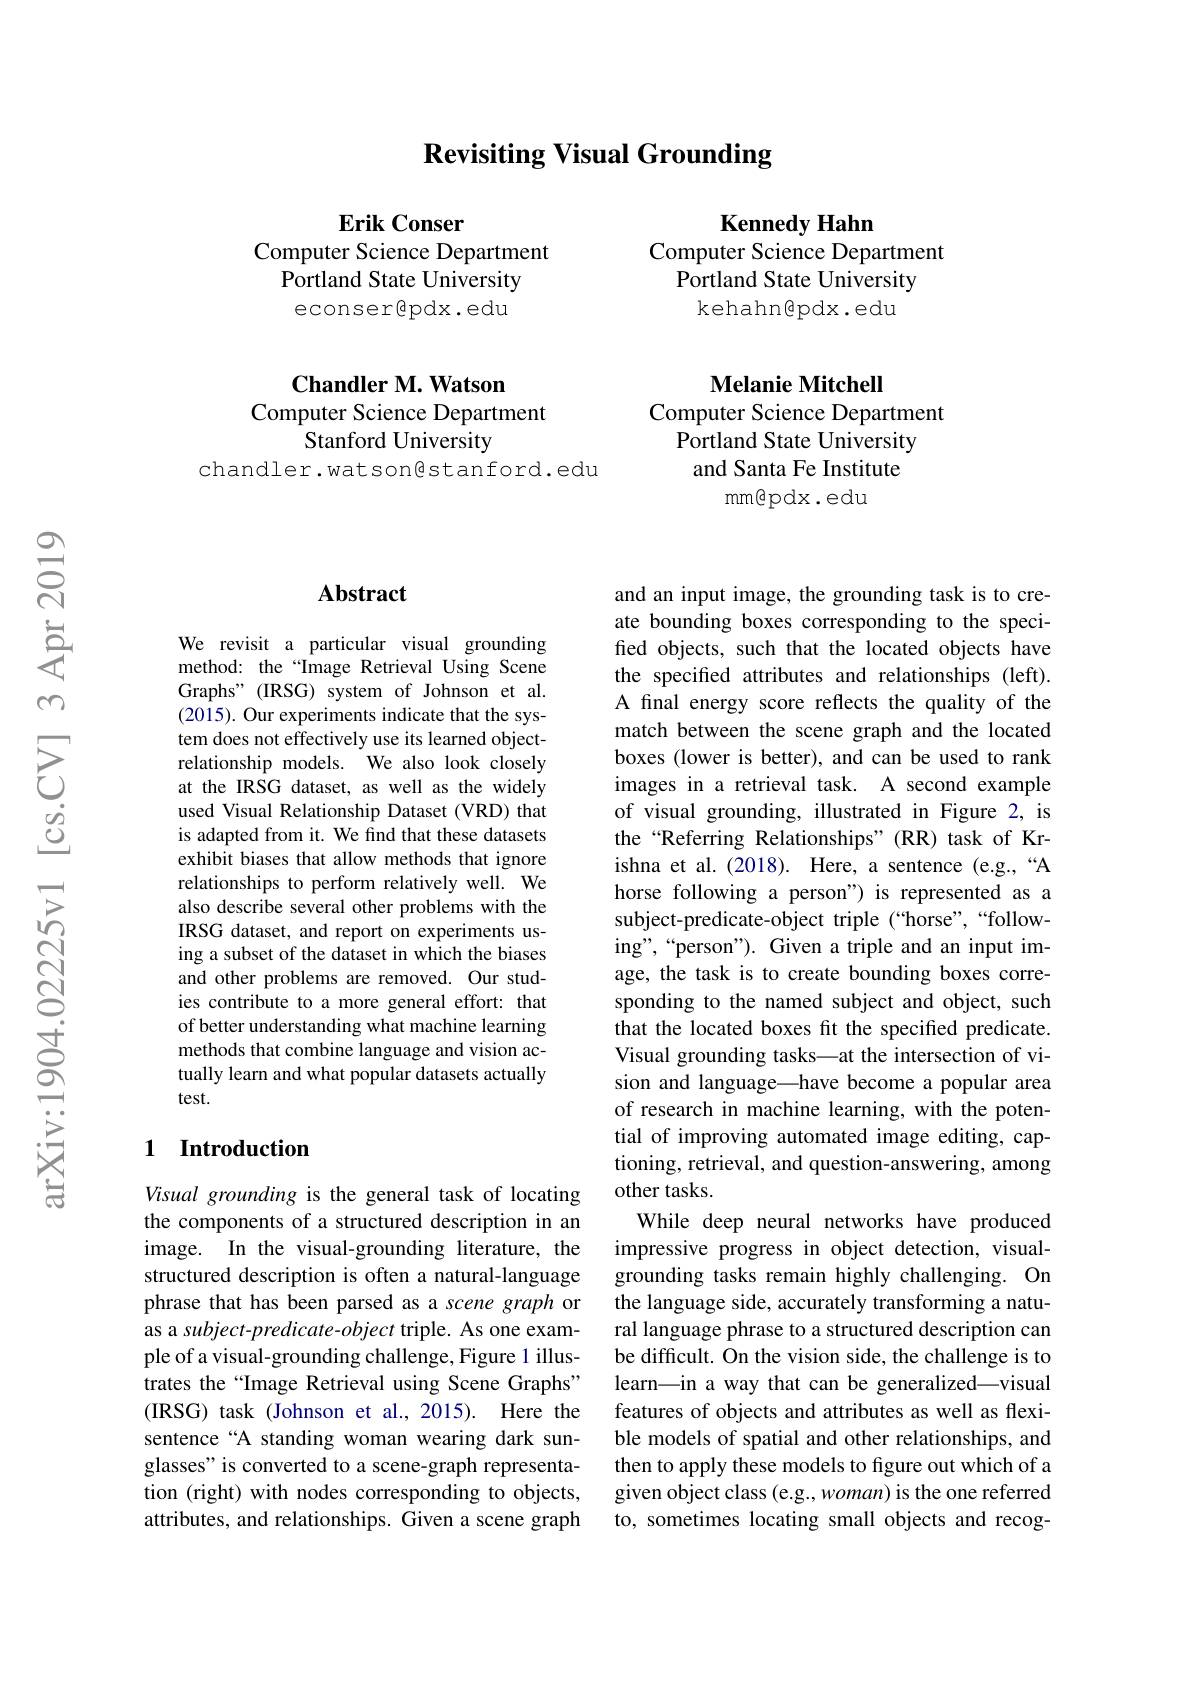
Revisiting Visual Grounding

$\textbf{Erik Conser}$
Computer Science Department
Portland State University econser$\textcircled[6]$pdx.edu

Kennedy Hahn
Computer Science Department
Portland State University
kehahn@pdx.edu

## $\textbf{Chandler M. Watson}$ Computer Science Department Stanford University

chandler.watsongstanford.edu

Melanie Mitchell

Computer Science Department

Portland State University

and Santa Fe Institute

mm@pdx.edu

### Abstract

We revisit a particular visual grounding method: the“Image Retrieval Using Scene Graphs" (IRSG) system of Johnson et al. (2015). Our experiments indicate that the system does not effectively use its learned objectrelationship models. We also look closely at the IRSG dataset, as well as the widely used Visual Relationship Dataset (VRD) that is adapted from it. We find that these datasets exhibit biases that allow methods that ignore relationships to perform relatively well. We also describe several other problems with the IRSG dataset, and report on experiments using a subset of the dataset in which the biases and other problems are removed. Our studies contribute to a more general effort: that of better understanding what machine learning methods that combine language and vision actually learn and what popular datasets actually test.

## 1 Introduction

Visual grounding is the general task of locating the components of a structured description in an image. In the visual-grounding literature, the structured description is often a natural-language phrase that has been parsed as a scene graph or as a subject-predicate-object triple. As one example of a visual-grounding challenge, Figure 1 illustrates the “Image Retrieval using Scene Graphs” (IRSG) task (Johnson et al.,2015). Here the sentence “A standing woman wearing dark sunglasses" is converted to a scene-graph representation (right) with nodes corresponding to objects, attributes, and relationships. Given a scene graph

and an input image, the grounding task is to create bounding boxes corresponding to the specified objects, such that the located objects have the specified attributes and relationships (left). A final energy score reflects the quality of the match between the scene graph and the located boxes (lower is better), and can be used to rank images in a retrieval task. A second example of visual grounding, illustrated in Figure 2, is the“Referring Relationships”(RR) task of Krishna et al. (2018). Here, a sentence (e.g.,“A horse following a person") is represented as a subject-predicate-object triple (“horse”,“following",“person”). Given a triple and an input image, the task is to create bounding boxes corresponding to the named subject and object, such that the located boxes fit the specified predicate. Visual grounding tasks—at the intersection of vision and language—have become a popular area of research in machine learning, with the potential of improving automated image editing, captioning, retrieval, and question-answering, among other tasks.
While deep neural networks have produced impressive progress in object detection, visualgrounding tasks remain highly challenging. On the language side, accurately transforming a natural language phrase to a structured description can be difficult. On the vision side, the challenge is to learn\_in a way that can be generalized\_visual features of objects and attributes as well as flexible models of spatial and other relationships, and then to apply these models to figure out which of a given object class (e.g., woman) is the one referred to, sometimes locating small objects and recog-